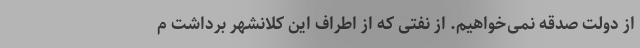
از دولت صدقه نمی‌خواهیم. از نفتی که از اطراف این کلانشهر برداشت م